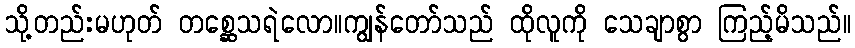
သို့တည်းမဟုတ် တစ္ဆေသရဲလော။ကျွန်တော်သည် ထိုလူကို သေချာစွာ ကြည့်မိသည်။